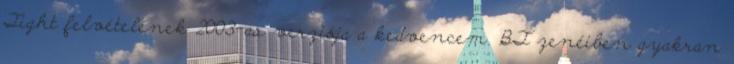
Tight felvételének 2003-as verziója a kedvencem. BT zenéiben gyakran